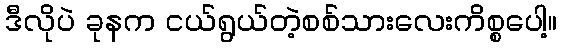
ဒီလိုပဲ ခုနက ငယ်ရွယ်တဲ့စစ်သားလေးကိစ္စပေါ့။